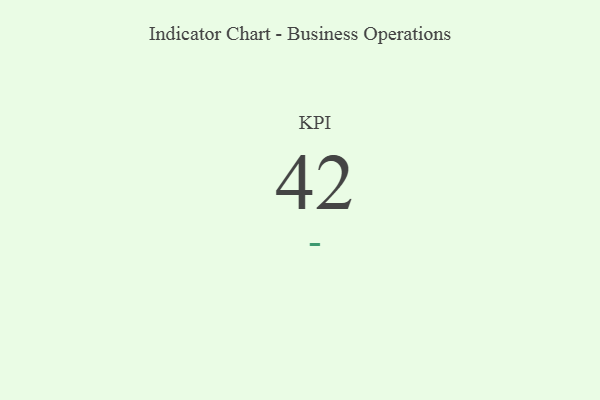
{"axis": {"x": "KPI", "y": "Value"}, "legend": [""], "data": [{"x": "KPI", "y": 42, "type": ""}]}